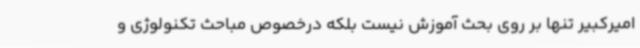
امیرکبیر تنها بر روی بحث آموزش نیست بلکه درخصوص مباحث تکنولوژی و